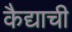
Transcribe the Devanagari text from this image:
कैद्याची